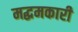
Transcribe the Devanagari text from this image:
मद्धमकारी